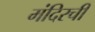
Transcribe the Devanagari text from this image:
मंदिरची